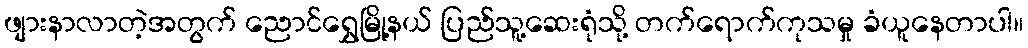
ဖျားနာလာတဲ့အတွက် ညောင်ရွှေမြို့နယ် ပြည်သူ့ဆေးရုံသို့ တက်ရောက်ကုသမှု ခံယူနေတာပါ။